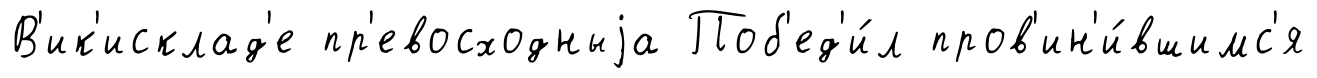
В'ик'исклад'е пр'евосходныjа Поб'ед'и́л пров'ин'и́вшимс'я